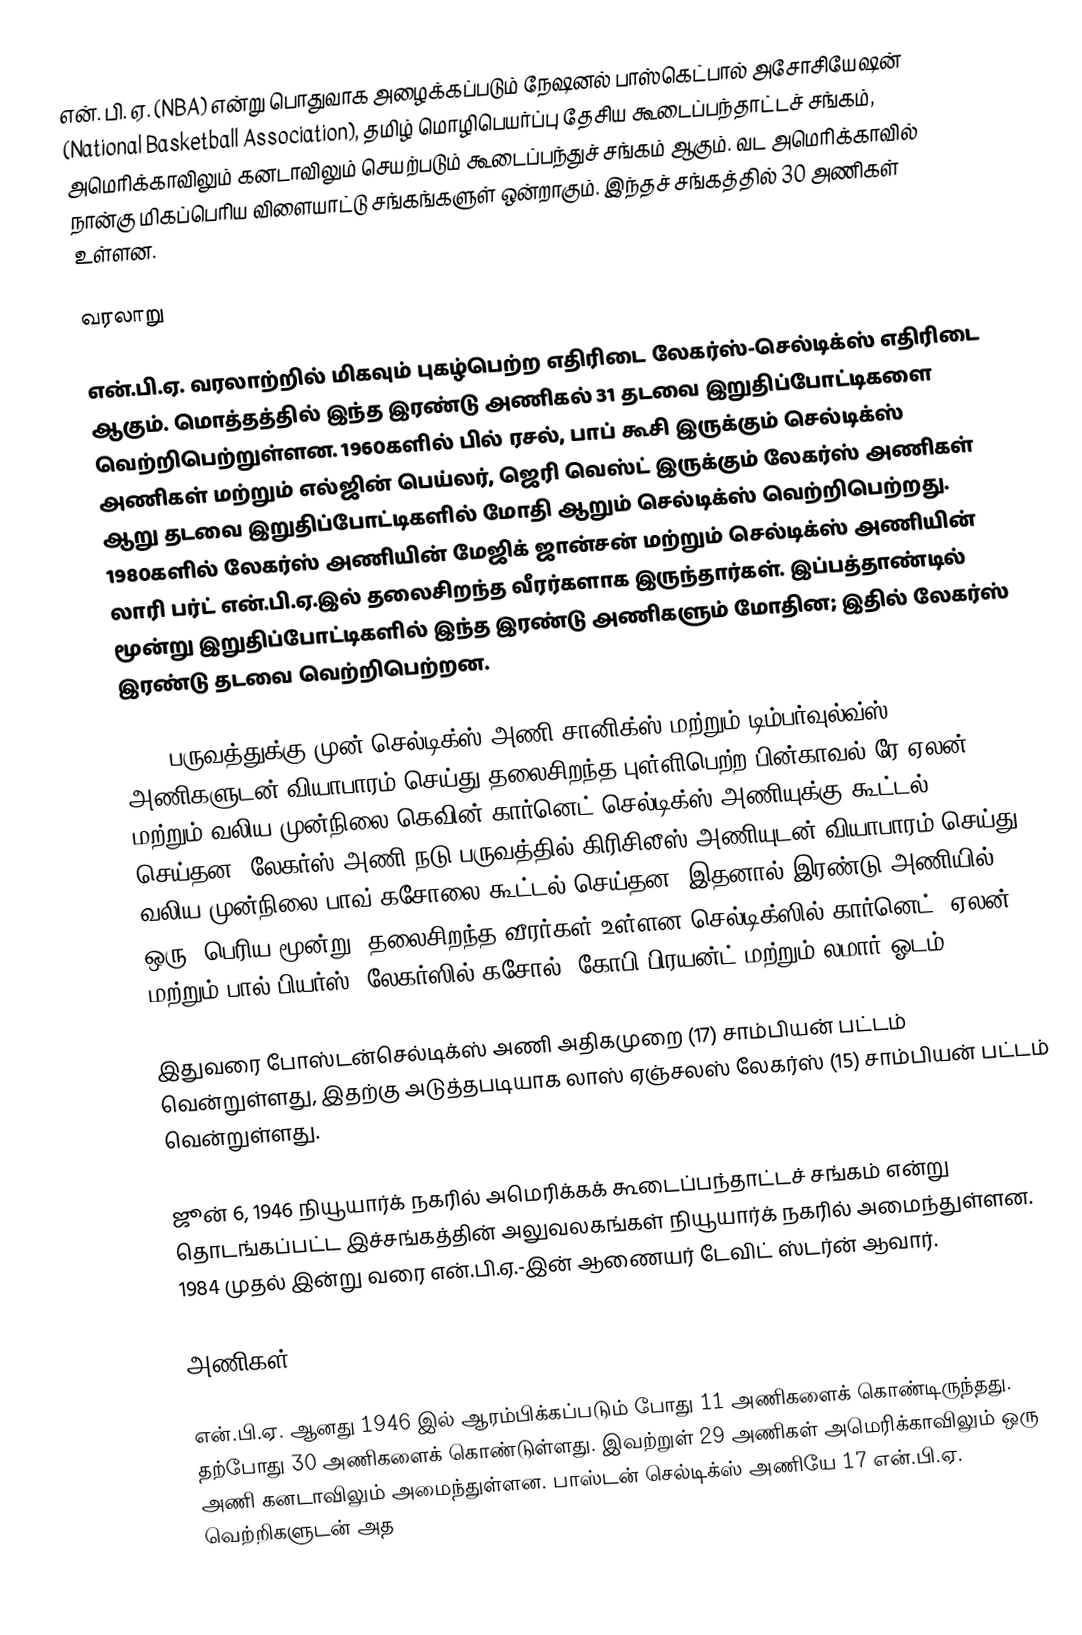
என். பி. ஏ. (NBA) என்று பொதுவாக அழைக்கப்படும் நேஷனல் பாஸ்கெட்பால் அசோசியேஷன் (National Basketball Association), தமிழ் மொழிபெயர்ப்பு தேசிய கூடைப்பந்தாட்டச் சங்கம், அமெரிக்காவிலும் கனடாவிலும் செயற்படும் கூடைப்பந்துச் சங்கம் ஆகும். வட அமெரிக்காவில் நான்கு மிகப்பெரிய விளையாட்டு சங்கங்களுள் ஒன்றாகும். இந்தச் சங்கத்தில் 30 அணிகள் உள்ளன.

வரலாறு

என்.பி.ஏ. வரலாற்றில் மிகவும் புகழ்பெற்ற எதிரிடை லேகர்ஸ்-செல்டிக்ஸ் எதிரிடை ஆகும். மொத்தத்தில் இந்த இரண்டு அணிகல் 31 தடவை இறுதிப்போட்டிகளை வெற்றிபெற்றுள்ளன. 1960களில் பில் ரசல், பாப் கூசி இருக்கும் செல்டிக்ஸ் அணிகள் மற்றும் எல்ஜின் பெய்லர், ஜெரி வெஸ்ட் இருக்கும் லேகர்ஸ் அணிகள் ஆறு தடவை இறுதிப்போட்டிகளில் மோதி ஆறும் செல்டிக்ஸ் வெற்றிபெற்றது. 1980களில் லேகர்ஸ் அணியின் மேஜிக் ஜான்சன் மற்றும் செல்டிக்ஸ் அணியின் லாரி பர்ட் என்.பி.ஏ.இல் தலைசிறந்த வீரர்களாக இருந்தார்கள். இப்பத்தாண்டில் மூன்று இறுதிப்போட்டிகளில் இந்த இரண்டு அணிகளும் மோதின; இதில் லேகர்ஸ் இரண்டு தடவை வெற்றிபெற்றன.

2008 பருவத்துக்கு முன் செல்டிக்ஸ் அணி சானிக்ஸ் மற்றும் டிம்பர்வுல்வ்ஸ் அணிகளுடன் வியாபாரம் செய்து தலைசிறந்த புள்ளிபெற்ற பின்காவல் ரே ஏலன் மற்றும் வலிய முன்நிலை கெவின் கார்னெட் செல்டிக்ஸ் அணியுக்கு கூட்டல் செய்தன. லேகர்ஸ் அணி நடு பருவத்தில் கிரிசிலீஸ் அணியுடன் வியாபாரம் செய்து வலிய முன்நிலை பாவ் கசோலை கூட்டல் செய்தன. இதனால் இரண்டு அணியில் ஒரு "பெரிய மூன்று" தலைசிறந்த வீரர்கள் உள்ளன—செல்டிக்ஸில் கார்னெட், ஏலன், மற்றும் பால் பியர்ஸ்; லேகர்ஸில் கசோல், கோபி பிரயன்ட் மற்றும் லமார் ஓடம்.

இதுவரை போஸ்டன்செல்டிக்ஸ் அணி அதிகமுறை (17) சாம்பியன் பட்டம் வென்றுள்ளது, இதற்கு அடுத்தபடியாக லாஸ் ஏஞ்சலஸ் லேகர்ஸ் (15) சாம்பியன் பட்டம் வென்றுள்ளது.

ஜூன் 6, 1946 நியூயார்க் நகரில் அமெரிக்கக் கூடைப்பந்தாட்டச் சங்கம் என்று தொடங்கப்பட்ட இச்சங்கத்தின் அலுவலகங்கள் நியூயார்க் நகரில் அமைந்துள்ளன. 1984 முதல் இன்று வரை என்.பி.ஏ.-இன் ஆணையர் டேவிட் ஸ்டர்ன் ஆவார்.

அணிகள்

என்.பி.ஏ. ஆனது 1946 இல் ஆரம்பிக்கப்படும் போது 11 அணிகளைக் கொண்டிருந்தது. தற்போது 30 அணிகளைக் கொண்டுள்ளது. இவற்றுள் 29 அணிகள் அமெரிக்காவிலும் ஒரு அணி கனடாவிலும் அமைந்துள்ளன. பாஸ்டன் செல்டிக்ஸ் அணியே 17 என்.பி.ஏ. வெற்றிகளுடன் அத